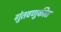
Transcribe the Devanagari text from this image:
गुंतवणुकीत